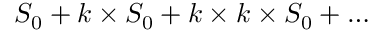
S _ { 0 } + k \times S _ { 0 } + k \times k \times S _ { 0 } + \ldots